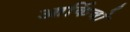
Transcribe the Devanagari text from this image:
आर्किवो